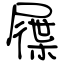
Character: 屧